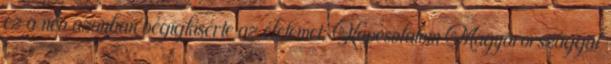
ez a név azonban végigkísérte az életemet. Kapcsolatom Magyarországgal